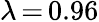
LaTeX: \lambda\, {=}\, 0.96